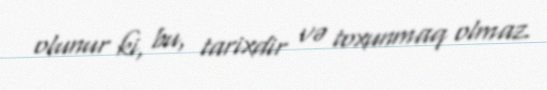
olunur ki, bu, tarixdir və toxunmaq olmaz.